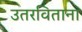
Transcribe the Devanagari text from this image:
उतरविताना